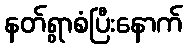
နတ်ရွာစံပြီးနောက်